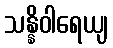
သန္နိဝါရေယျ